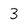
Character: 3